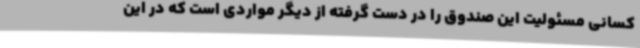
کسانی مسئولیت این صندوق را در دست گرفته از دیگر مواردی است که در این